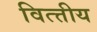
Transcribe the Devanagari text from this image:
वित्त्तीय